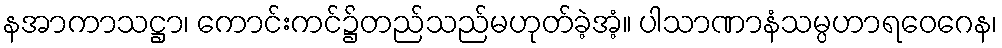
နအာကာသဋ္ဌာ၊ ကောင်းကင်၌တည်သည်မဟုတ်ခဲ့အံ့။ ပါသာဏာနံသမ္ပဟာရဝေဂေန၊